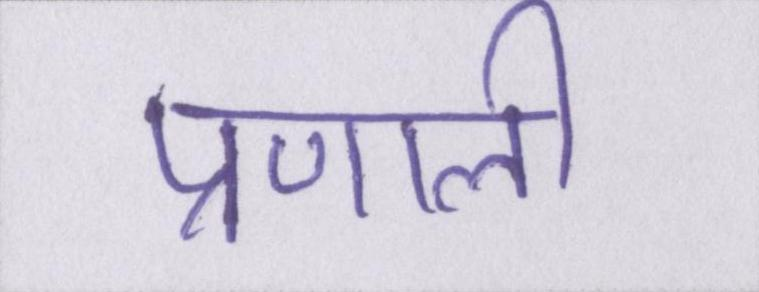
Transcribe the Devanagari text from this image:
प्रणाली